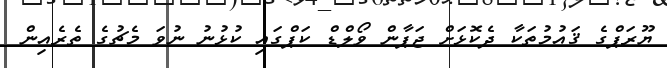
ޔޫރަޕްގެ ޤައުމުތަކާ ދެކޮޅަށް ޖަޕާން ވޯލްޑް ކަޕްގައި ކުޅުނު ނުވަ މެޗުގެ ތެރެއިން